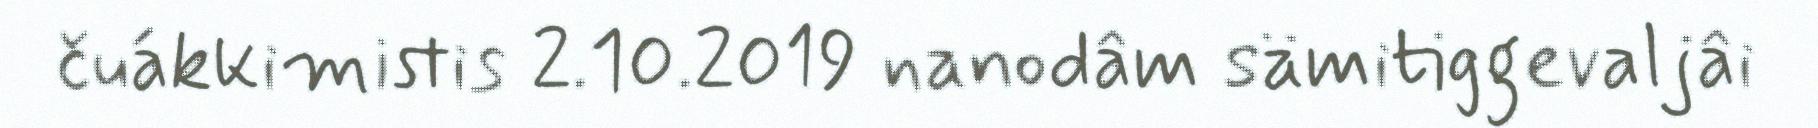
čuákkimistis 2.10.2019 nanodâm sämitiggevaljâi